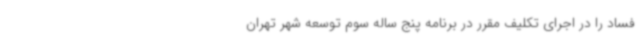
فساد را در اجرای تکلیف مقرر در برنامه پنج ساله سوم توسعه شهر تهران